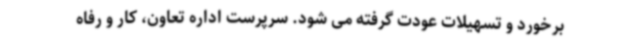
برخورد و تسهیلات عودت گرفته می شود. سرپرست اداره تعاون، کار و رفاه